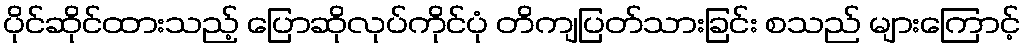
ပိုင်ဆိုင်ထားသည့် ပြောဆိုလုပ်ကိုင်ပုံ တိကျပြတ်သားခြင်း စသည် များကြောင့်